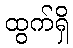
ထွက်ရှိ